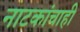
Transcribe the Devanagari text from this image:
नाटकांचाही